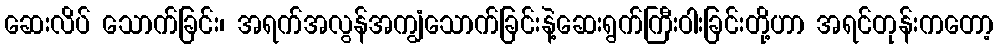
ဆေးလိပ် သောက်ခြင်း၊ အရက်အလွန်အကျွံသောက်ခြင်းနဲ့ဆေးရွက်ကြီးဝါးခြင်းတို့ဟာ အရင်တုန်းကတော့